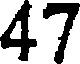
47